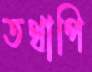
তথাপি